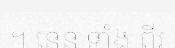
។ នេន ទាំង ពីរ